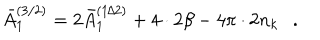
\bar { A } _ { 1 } ^ { ( 3 / 2 ) } = 2 \bar { A } _ { 1 } ^ { ( 1 / 2 ) } + 4 \cdot 2 \beta - 4 \pi \cdot 2 n _ { k } .